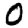
Digit: 0